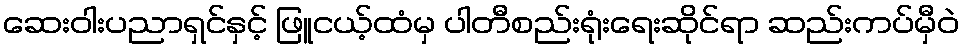
ဆေးဝါးပညာရှင်နှင့် ဖြူငယ့်ထံမှ ပါတီစည်းရုံးရေးဆိုင်ရာ ဆည်းကပ်မှီဝဲ